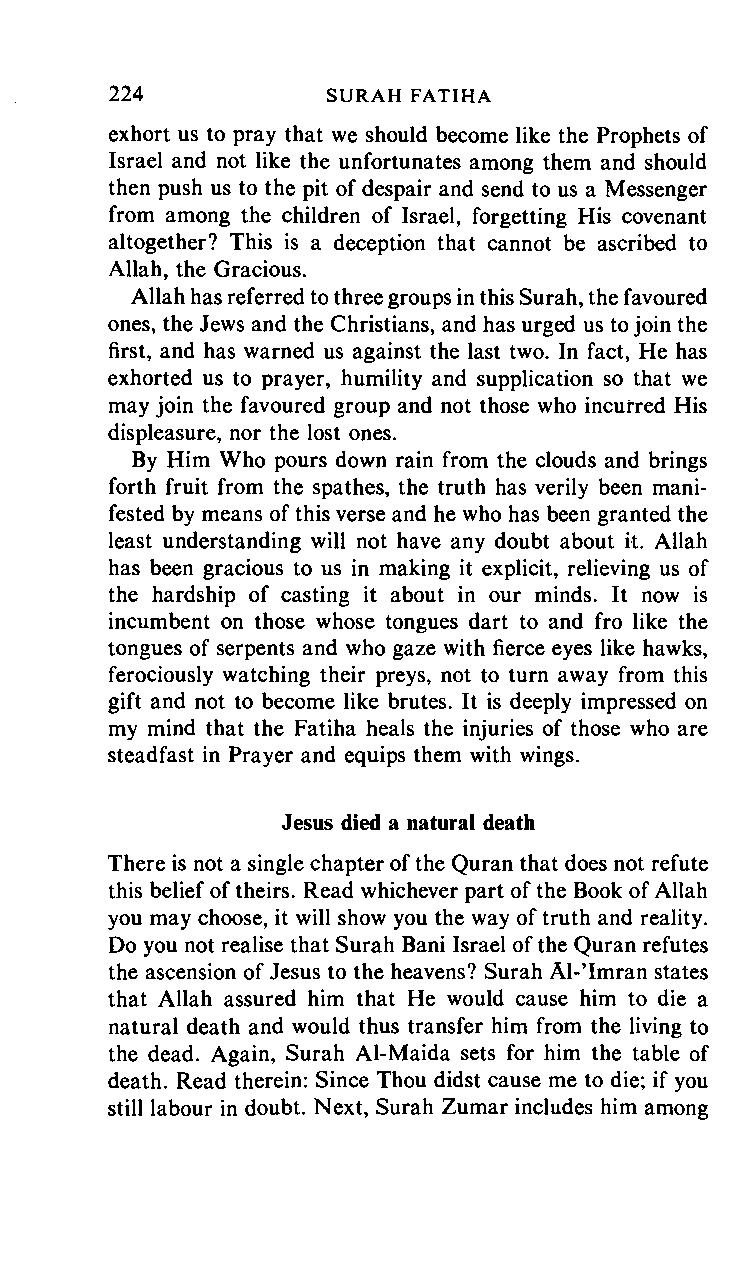
224     SURAH      FATIHA
 exhort us to pray that we should become like the Prophets of
 Israel and not like the unfortunates among them and should
 then push us to the pit of despair and send to us a Messenger
 from among the children of Israel, forgetting His covenant
 altogether? This is a deception that cannot be ascribed to
 Allah, the Gracious.
 Allah has referred to three groups in this Surah, the favoured
 ones, the Jews and the Christians, and has urged us to join the
 first, and has warned us against the last two. In fact, He has
 exhorted us to prayer, humility and supplication so that we
 may join the favoured group and not those who incurred His
 displeasure, nor the lost ones.
 By Him Who pours down rain from the clouds and brings
 forth fruit from the spathes, the truth has verily been mani
 fested by means of this verse and he who has been granted the
 least understanding will not have any doubt about it. Allah
 has been gracious to us in making it explicit, relieving us of
 the hardship of casting it about in our minds. It now is
 incumbent on those whose tongues dart to and fro like the
 tongues of serpents and who gaze with fierce eyes like hawks,
 ferociously watching their preys, not to turn away from this
 gift and not to become like brutes. It is deeply impressed on
 my mind that the Fatiha heals the injuries of those who are
 steadfast in Prayer and equips them with wings.
 Jesus died a natural death
 There is not a single chapter of the Quran that does not refute
 this belief of theirs. Read whichever part of the Book of Allah
 you may choose, it will show you the way of truth and reality.
 Do you not realise that Surah Bani Israel of the Quran refutes
 the ascension of Jesus to the heavens? Surah Al-Tmran states
 that Allah assured him that He would cause him to die a
 natural death and would thus transfer him from the living to
 the dead. Again, Surah Al-Maida sets for him the table of
 death. Read therein: Since Thou didst cause me to die; if you
 still labour in doubt. Next, Surah Zumar includes him among